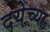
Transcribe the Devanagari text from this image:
दयेच्या